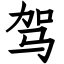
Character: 驾